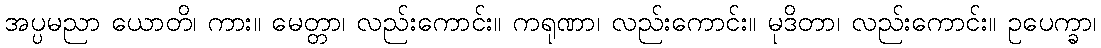
အပ္ပမညာ ယောတိ၊ ကား။ မေတ္တာ၊ လည်းကောင်း။ ကရုဏာ၊ လည်းကောင်း။ မုဒိတာ၊ လည်းကောင်း။ ဥပေက္ခာ၊